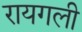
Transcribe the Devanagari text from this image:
रायगली